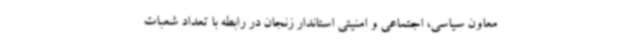
معاون سیاسی، اجتماعی و امنیتی استاندار زنجان در رابطه با تعداد شعبات